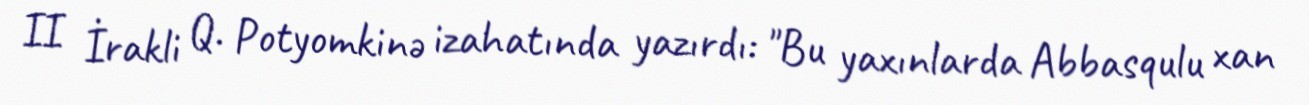
II İrakli Q. Potyomkinə izahatında yazırdı: "Bu yaxınlarda Abbasqulu xan